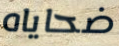
ضحاياه